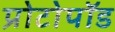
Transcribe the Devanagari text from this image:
प्रोटोपॉड